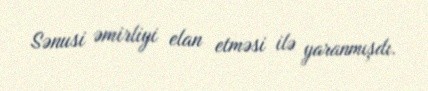
Sənusi əmirliyi elan etməsi ilə yaranmışdı.